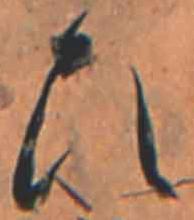
ひ